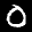
Label: 0